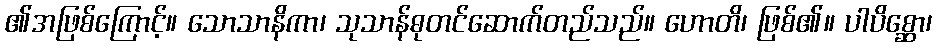
၏အဖြစ်ကြောင့်။ သောသာနိကာ၊ သုသာန်ဓုတင်ဆောက်တည်သည်။ ဟောတိ၊ ဖြစ်၏။ ပါပိစ္ဆော၊